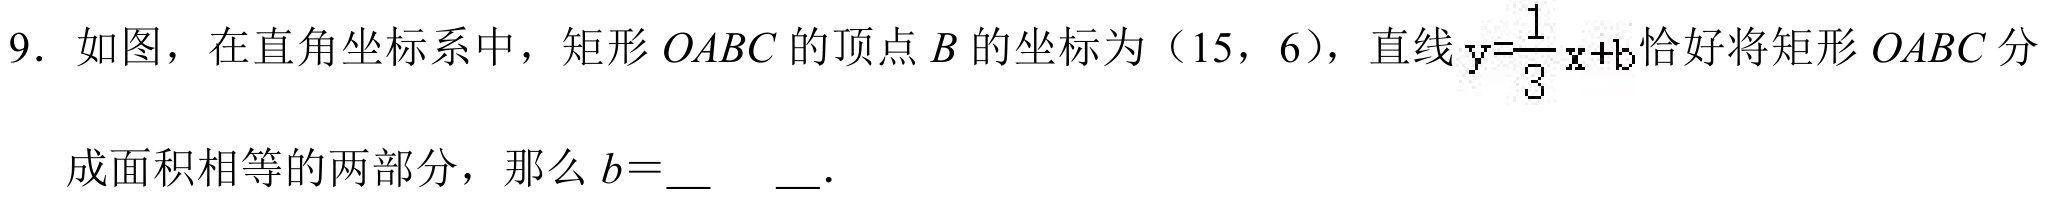
9. 如图，在直角坐标系中，矩形\(OABC\)的顶点\(B\)的坐标为（15，6），直线\(y = \frac{1}{3}x + b\)恰好将矩形\(OABC\)分
成面积相等的两部分，那么\(b = \_\_\) ．